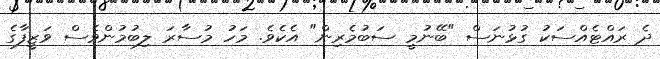
ދެ ރައްޓެއްސަކު ގުޅުނަސް "ބޭނުމީ ސަބުމެރިން" އެކެވެ. މަހު މުސާރަ ލިބުމުންވެސް ވަޒީފާގެ